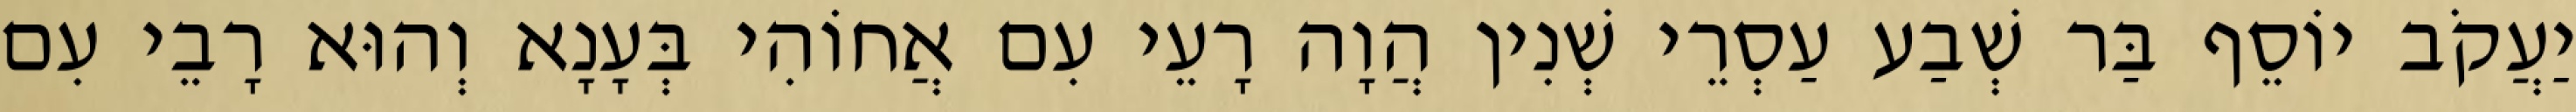
יַעֲקֹב יוֹסֵף בַּר שְׁבַע עַסְרֵי שְׁנִין הֲוָה רָעֵי עִם אֲחוֹהִי בְּעָנָא וְהוּא רָבֵי עִם